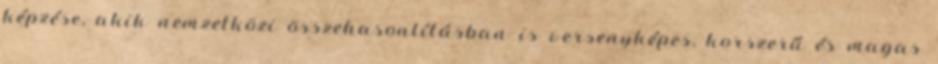
képzése, akik nemzetközi összehasonlításban is versenyképes, korszerű és magas